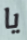
يا